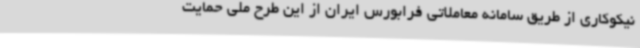
نیکوکاری از طریق سامانه معاملاتی فرابورس ایران از این طرح ملی حمایت